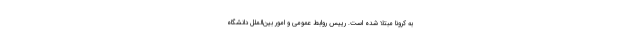
به کرونا مبتلا شده است. رییس روابط عمومی و امور بین‌الملل دانشگاه